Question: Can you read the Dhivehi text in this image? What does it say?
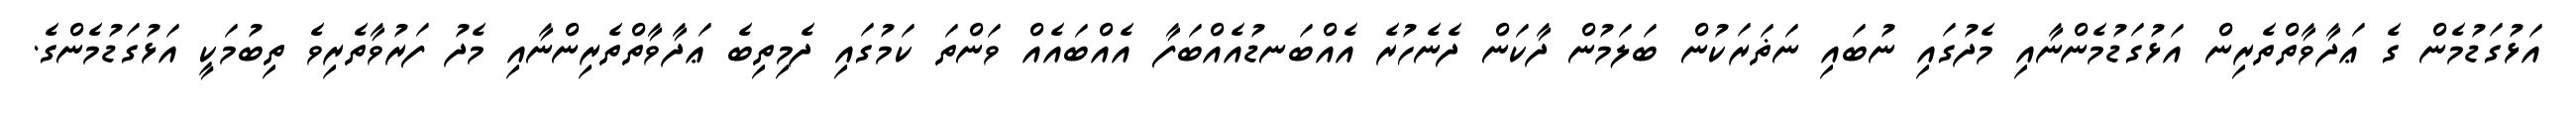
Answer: އަޅުގަޑުމެން ގެ ޢަދާވާތްތެރިން އަޅުގަޑުމެންނާއި މެދުގައި ނުބައި ނަޡަރަކުން ބަލަމުން ދާކަން ދެނެހުރެ އެއްބަނޑުއެއްބަފާ އެއްބައެއް ވަންތަ ކަމުގައި ދެމިތިބެ ޢަދާވާތްތެރިންނާއި މެދު ފަރުވާތެރިވެ ތިބުމަކީ އަޅުގަޑުމެންގެ.